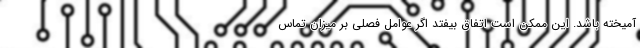
آمیخته باشد. این ممکن است اتفاق بیفتد اگر عوامل فصلی بر میزان تماس